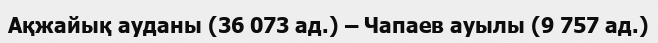
Ақжайық ауданы (36 073 ад.) – Чапаев ауылы (9 757 ад.)